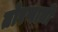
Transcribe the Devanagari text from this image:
तोरणाची